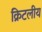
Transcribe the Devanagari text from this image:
क्रिटलीय